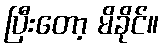
ပြီးတော့ မိခိုင်။